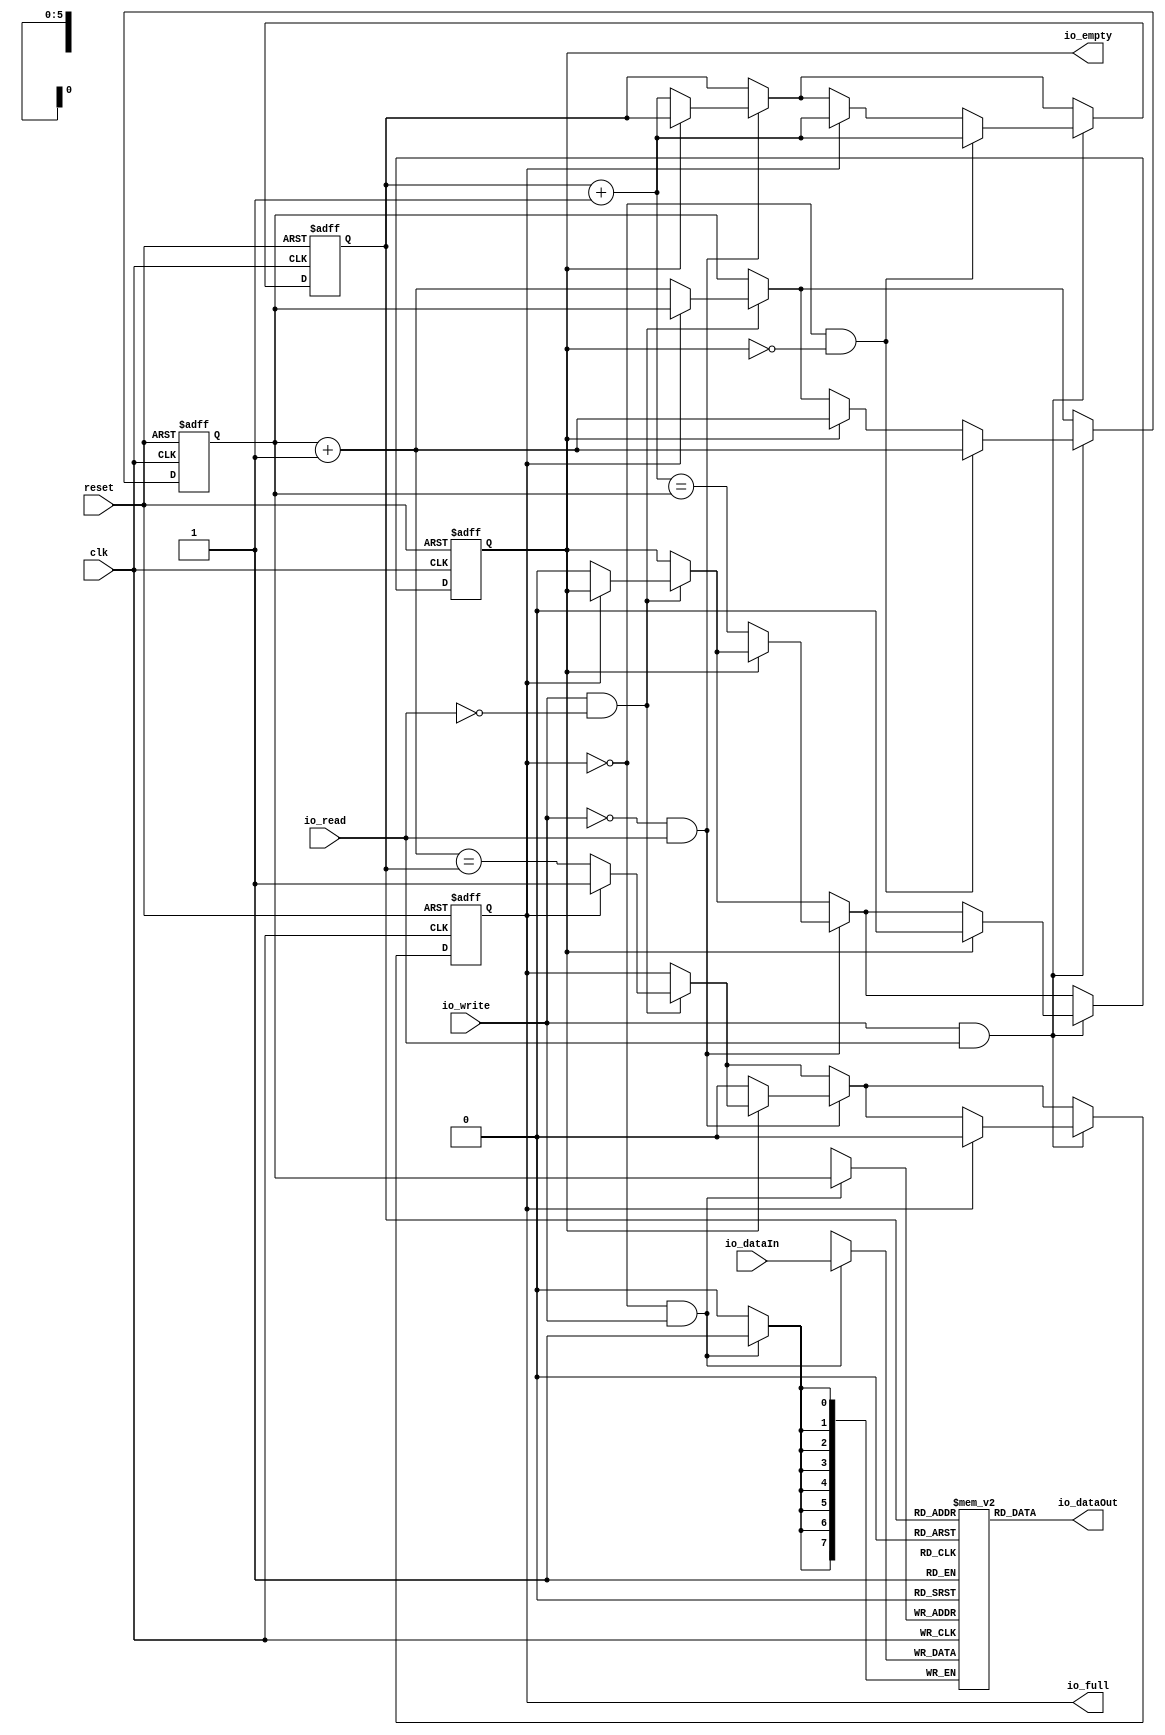
module Fifo (
      input  [7:0] io_dataIn,
      output [7:0] io_dataOut,
      input   io_read,
      input   io_write,
      output  io_full,
      output  io_empty,
      input   clk,
      input   reset);
  wire [7:0] _zz_1;
  wire [7:0] _zz_2;
  wire  _zz_3;
  reg [5:0] head;
  reg [5:0] tail;
  reg  full;
  reg  empty;
  wire [5:0] headNext;
  wire [5:0] tailNext;
  wire  writing;
  wire  reading;
  wire  readingWriting;
  reg [7:0] mem [0:63];
  assign _zz_2 = io_dataIn;
  assign _zz_3 = ((! full) && io_write);
  always @ (posedge clk) begin
    if(_zz_3) begin
      mem[head] <= _zz_2;
    end
  end

  assign _zz_1 = mem[tail];
  assign headNext = (head + (6'b000001));
  assign tailNext = (tail + (6'b000001));
  assign writing = (io_write && (! io_read));
  assign reading = ((! io_write) && io_read);
  assign readingWriting = (io_write && io_read);
  assign io_dataOut = _zz_1;
  assign io_empty = empty;
  assign io_full = full;
  always @ (posedge clk or posedge reset) begin
    if (reset) begin
      head <= (6'b000000);
      tail <= (6'b000000);
      full <= 1'b0;
      empty <= 1'b1;
    end else begin
      if(writing)begin
        if((! full))begin
          head <= headNext;
          full <= (headNext == tail);
          empty <= 1'b0;
        end
      end
      if(reading)begin
        if((! empty))begin
          tail <= tailNext;
          empty <= (tailNext == head);
          full <= 1'b0;
        end
      end
      if(readingWriting)begin
        if(full)begin
          tail <= tailNext;
          full <= 1'b0;
        end
        if(empty)begin
          head <= headNext;
          empty <= 1'b0;
        end
        if(((! full) && (! empty)))begin
          tail <= tailNext;
          head <= headNext;
        end
      end
    end
  end

endmodule